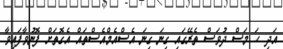
އަދި ހަ މަސް ދުވަސް ތެރޭގައި ގިނަ ގިނަ އެސްއެމްއެސްތައް އެގޮތަށް ފޮނުވާފައިވާ